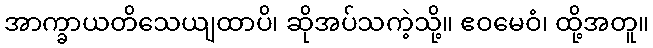
အာက္ခာယတိသေယျထာပိ၊ ဆိုအပ်သကဲ့သို့။ ဧဝမေဝံ၊ ထို့အတူ။